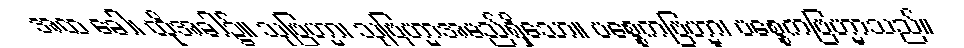
အထ ခေါ၊ ထိုအခါ၌။ သုဗြဟ္မာ၊ သုဗြဟ္မာအမည်ရှိသော။ ပစ္စေကဗြဟ္မာ၊ ပစ္စေကဗြဟ္မာသည်။